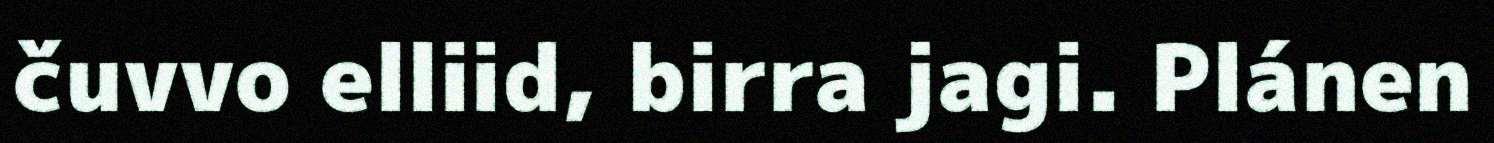
čuvvo elliid, birra jagi. Plánen